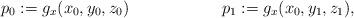
LaTeX: \begin{align*} &p_0 := g_x(x_0,y_0,z_0)&&p_1 := g_x(x_0,y_1,z_1), \end{align*}